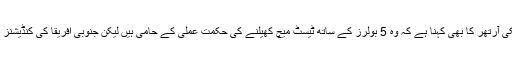
ہیڈ کوچ مکی آرتھر کا بھی کہنا ہے کہ وہ 5 بولرز کے ساتھ ٹیسٹ میچ کھیلنے کی حکمت عملی کے حامی ہیں لیکن جنوبی افریقا کی کنڈیشنز مختلف ہیں۔